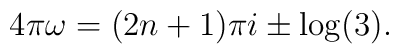
4 \pi \omega = (2n + 1) \pi i \pm \log(3).